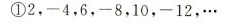
①2，-4，6，-8，10，-12，…